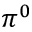
\pi ^ { 0 }